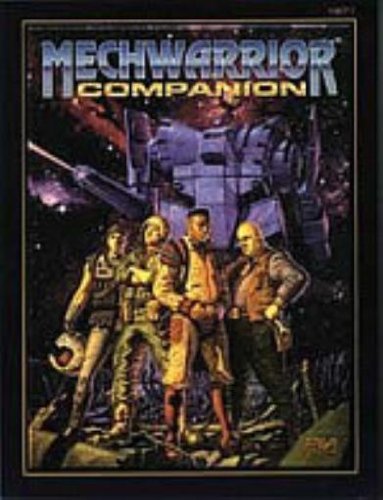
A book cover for MechWarrior Companion (Battletech); Bryan Nystul; Science Fiction & Fantasy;